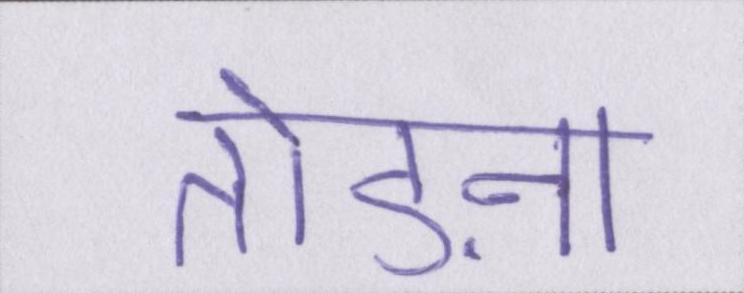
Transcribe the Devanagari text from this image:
तोड़ना